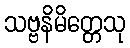
သဗ္ဗနိမိတ္တေသု